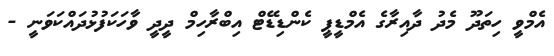
އެމްވީ ހިތަދޫ މެދު ދާއިރާގެ އެމްޑީޕީ ކެންޑިޑޭޓް އިބްރާހިމް ދީދީ ވާހަކަފުޅުދައްކަވަނީ -